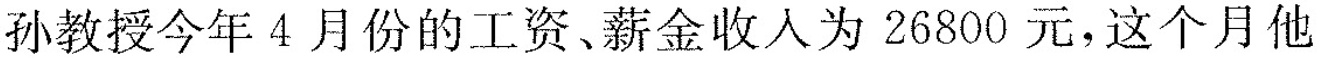
孙教授今年4月份的工资、薪金收人为26800元，这个月他